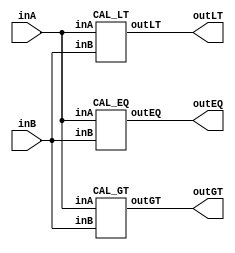
/* CSED273 lab2 experiment 1 */
/* lab2_1.v */

/* Unsimplifed equation
 * You are allowed to use keword "assign" and operator "&","|","~",
 * or just implement with gate-level-modeling (and, or, not) */
module lab2_1(
    output wire outGT, outEQ, outLT,
    input wire [1:0] inA,
    input wire [1:0] inB
    );

    CAL_GT cal_gt(outGT, inA, inB);
    CAL_EQ cal_eq(outEQ, inA, inB);
    CAL_LT cal_lt(outLT, inA, inB);
    
endmodule

/* Implement output about "A>B" */
module CAL_GT(
    output wire outGT,
    input wire [1:0] inA,
    input wire [1:0] inB
    );
    wire GT1, GT2, GT3, GT4, GT5, GT6;

    assign GT1 = ~inA[1] & inA[0] & ~inB[1] & ~inB[0];
    assign GT2 = inA[1] & inA[0] & ~inB[1] & ~inB[0];
    assign GT3 = inA[1] & ~inA[0] & ~inB[1] & ~inB[0];
    assign GT4 = inA[1] & inA[0] & ~inB[1] & inB[0];
    assign GT5 = inA[1] & ~inA[0] & ~inB[1] & inB[0];
    assign GT6 = inA[1] & inA[0] & inB[1] & ~inB[0];
    
    assign outGT = GT1 | GT2 | GT3 | GT4 | GT5 | GT6;
endmodule

/* Implement output about "A=B" */
module CAL_EQ(
    output wire outEQ,
    input wire [1:0] inA, 
    input wire [1:0] inB
    );
    wire EQ1, EQ2, EQ3, EQ4;

    assign EQ1 = ~inA[1] & ~inA[0] & ~inB[1] & ~inB[0];
    assign EQ2 = ~inA[1] & inA[0] & ~inB[1] & inB[0];
    assign EQ3 = inA[1] & inA[0] & inB[1] & inB[0];
    assign EQ4 = inA[1] & ~inA[0] & inB[1] & ~inB[0];
    
    assign outEQ = EQ1 | EQ2 | EQ3 | EQ4;
endmodule

/* Implement output about "A<B" */
module CAL_LT(
    output wire outLT,
    input wire [1:0] inA, 
    input wire [1:0] inB
    );
wire LT1, LT2, LT3, LT4, LT5, LT6;

    assign LT1 = inA[1] & ~inA[0] & inB[1] & inB[0];
    assign LT2 = ~inA[1] & ~inA[0] & inB[1] & inB[0];
    assign LT3 = ~inA[1] & inA[0] & inB[1] & inB[0];
    assign LT4 = ~inA[1] & ~inA[0] & inB[1] & ~inB[0];
    assign LT5 = ~inA[1] & inA[0] & inB[1] & ~inB[0];
    assign LT6 = ~inA[1] & ~inA[0] & ~inB[1] & inB[0];
    
    assign outLT = LT1 | LT2 | LT3 | LT4 | LT5 | LT6;
endmodule